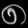
Digit: ၈